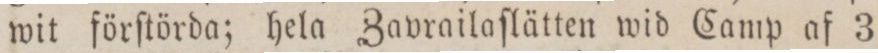
wit förſtörda; hela Zavrailaſlätten wid Camp af 3